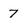
Character: 7